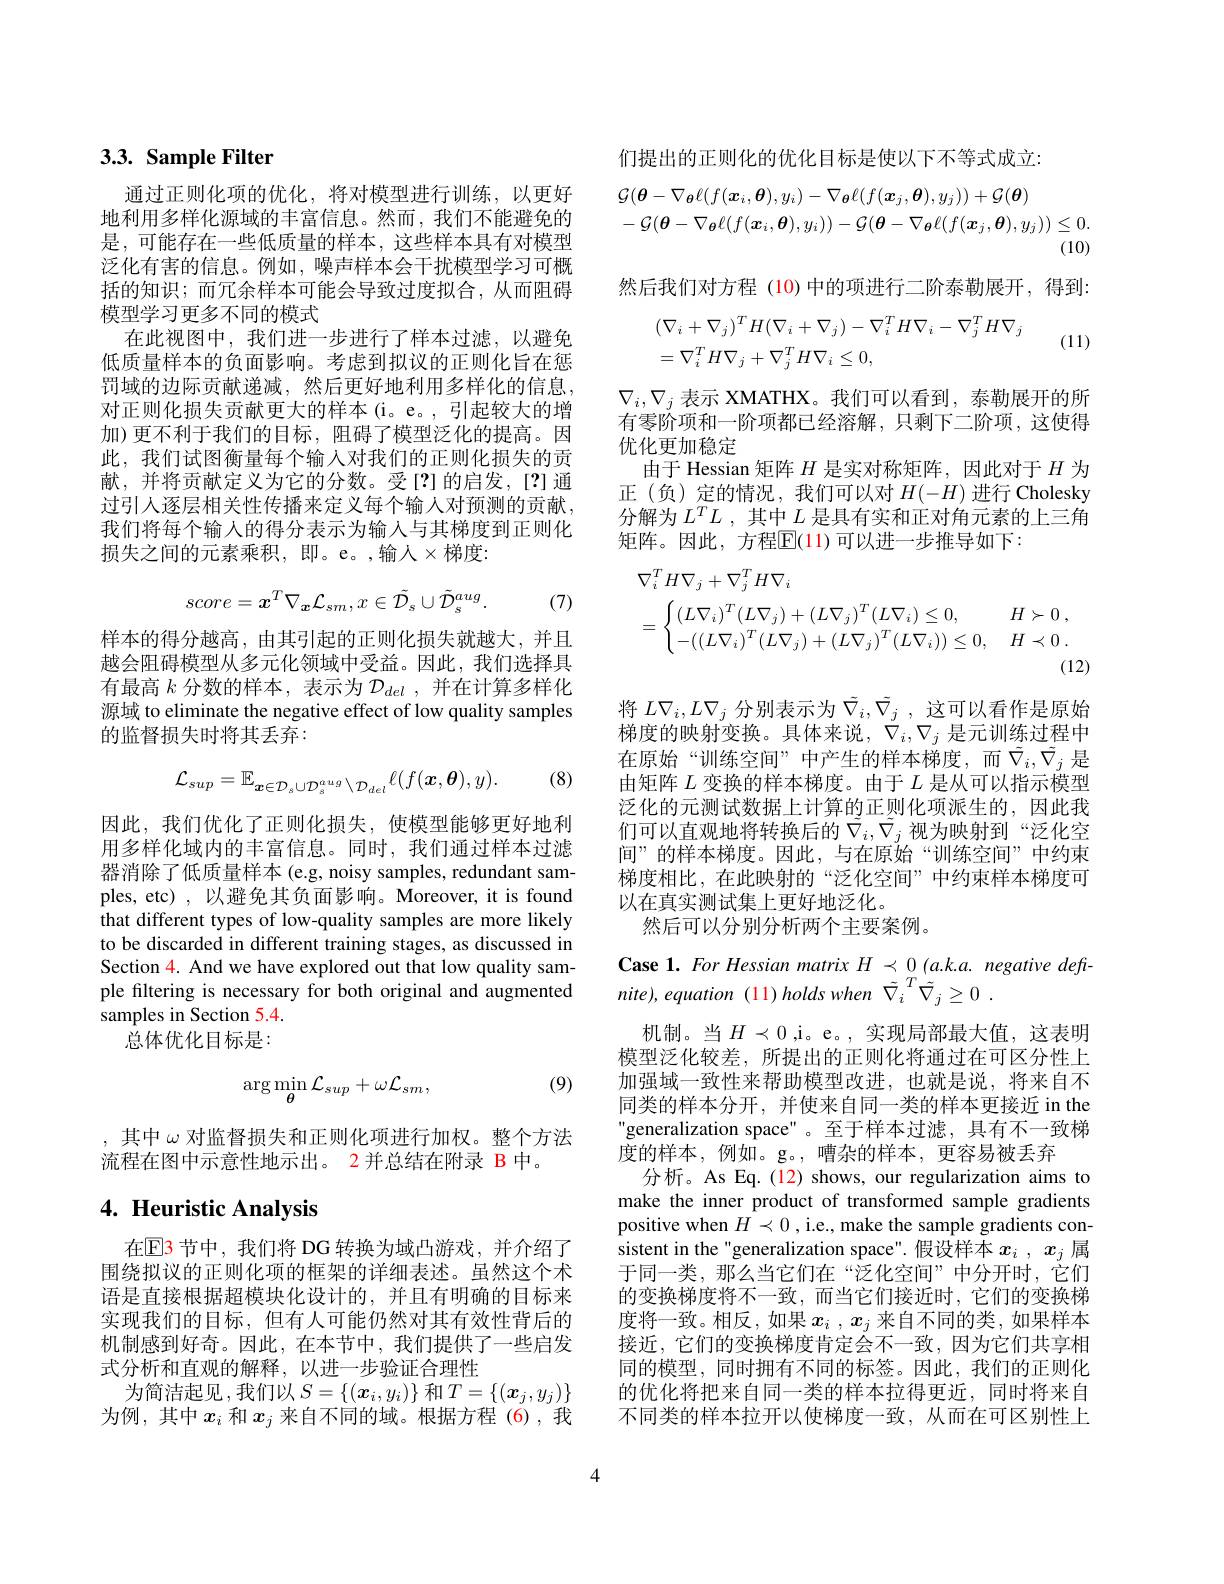
# 3.3. Sample Filter

通过正则化项的优化，将对模型进行训练，以更好地利用多样化源域的丰富信息。然而，我们不能避免的是，可能存在一些低质量的样本，这些样本具有对模型泛化有害的信息。例如，噪声样本会干扰模型学习可概括的知识；而冗余样本可能会导致过度拟合，从而阻碍模型学习更多不同的模式
在此视图中，我们进一步进行了样本过滤，以避免低质量样本的负面影响。考虑到拟议的正则化旨在惩罚域的边际贡献递减，然后更好地利用多样化的信息， 对正则化损失贡献更大的样本(i。e。,引起较大的增加)更不利于我们的目标，阻碍了模型泛化的提高。因此，我们试图衡量每个输入对我们的正则化损失的贡献，并将贡献定义为它的分数。受[?]的启发，[?]通过引人逐层相关性传播来定义每个输入对预测的贡献， 我们将每个输人的得分表示为输入与其梯度到正则化损失之间的元素乘积，即。e。,输入$\times$梯度：
$$score=\boldsymbol{x}^{T}\nabla_{\boldsymbol{x}}\mathcal{L}_{sm},x\in\tilde{\mathcal{D}_{s}}\cup\tilde{\mathcal{D}_{s}^{aug}}.$$
(7)

样本的得分越高，由其引起的正则化损失就越大，并且越会阻碍模型从多元化领域中受益。因此，我们选择具有最高$k$分数的样本，表示为$\mathcal{D}_del$,并在计算多样化源域 to eliminate the negative effect of low quality samples 的监督损失时将其丢弃：

(8)
$$\mathcal{L}_{sup}=\mathbb{E}_{\boldsymbol{x}\in\mathcal{D}_{s}\cup\mathcal{D}_{s}^{aug}\setminus\mathcal{D}_{del}}\ell(f(\boldsymbol{x},\boldsymbol{\theta}),y).$$
因此，我们优化了正则化损失，使模型能够更好地利用多样化域内的丰富信息。同时，我们通过样本过滤器消除了低质量样本 (e.g, noisy samples, redundant samples, etc) , 以避免其负面影响。Moreover, it is found that different types of low-quality samples are more likely to be discarded in different training stages, as discussed in Section 4. And we have explored out that low quality sample filtering is necessary for both original and augmented samples in Section 5.4.
总体优化目标是：

(9)
$$\arg\min_{\theta}\mathcal{L}_{sup}+\omega\mathcal{L}_{sm},$$
,其中$\omega$对监督损失和正则化项进行加权。整个方法
流程在图中示意性地示出。2 并总结在附录 B 中。

## 4. Heuristic Analysis

在EB 节中，我们将 DG 转换为域凸游戏，并介绍了围绕拟议的正则化项的框架的详细表述。虽然这个术语是直接根据超模块化设计的，并且有明确的目标来实现我们的目标，但有人可能仍然对其有效性背后的机制感到好奇。因此，在本节中，我们提供了一些启发式分析和直观的解释，以进一步验证合理性
为简洁起见，我们以 $S=\{(\boldsymbol{x}_i,y_i)\}$ 和$T=\{(\boldsymbol{x}_j,y_j)\}$ 为例，其中$x_i$和$x_j$来自不同的域。根据方程 (6),我

们提出的正则化的优化目标是使以下不等式成立：
$$\begin{aligned}&\mathcal{G}(\boldsymbol{\theta}-\nabla_{\boldsymbol{\theta}}\ell(f(\boldsymbol{x}_{i},\boldsymbol{\theta}),y_{i})-\nabla_{\boldsymbol{\theta}}\ell(f(\boldsymbol{x}_{j},\boldsymbol{\theta}),y_{j}))+\mathcal{G}(\boldsymbol{\theta})\\&-\mathcal{G}(\boldsymbol{\theta}-\nabla_{\boldsymbol{\theta}}\ell(f(\boldsymbol{x}_{i},\boldsymbol{\theta}),y_{i}))-\mathcal{G}(\boldsymbol{\theta}-\nabla_{\boldsymbol{\theta}}\ell(f(\boldsymbol{x}_{j},\boldsymbol{\theta}),y_{j}))\leq0.\\\end{aligned}$$
然后我们对方程 (10)中的项进行二阶泰勒展开，得到：
$$\begin{aligned}&(\nabla_{i}+\nabla_{j})^{T}H(\nabla_{i}+\nabla_{j})-\nabla_{i}^{T}H\nabla_{i}-\nabla_{j}^{T}H\nabla_{j}\\&=\nabla_{i}^{T}H\nabla_{j}+\nabla_{j}^{T}H\nabla_{i}\leq0,\end{aligned}$$
(11)

$\nabla_i,\nabla_j$表示 XMATHX。我们可以看到，泰勒展开的所有零阶项和一阶项都已经溶解，只剩下二阶项，这使得优化更加稳定
由于 Hessian 矩阵$H$是实对称矩阵，因此对于$H$为正(负)定的情况，我们可以对$H(-H)$进行 Cholesky 分解为$L^TL$ ,其中$L$是具有实和正对角元素的上三角矩阵。因此，方程$\mathbb{E}(11)$ 可以进一步推导如下：
$$\begin{aligned}&\nabla_{i}^{T}H\nabla_{j}+\nabla_{j}^{T}H\nabla_{i}\\&=\begin{cases}(L\nabla_i)^T(L\nabla_j)+(L\nabla_j)^T(L\nabla_i)\leq0,&H\succ0\:,\\-((L\nabla_i)^T(L\nabla_j)+(L\nabla_j)^T(L\nabla_i))\leq0,&H\prec0\:.\end{cases}\end{aligned}$$
将$L\nabla_i,L\nabla_j$分别表示为$\tilde{\nabla}_i,\tilde{\nabla}_j$,这可以看作是原始梯度的映射变换。具体来说，$\bar{\nabla}_i,\nabla_j$是元训练过程中在原始“训练空间”中产生的样本梯度，而$\tilde{\nabla}_i,\tilde{\nabla}_j$ 是由矩阵$L$变换的样本梯度。由于$L$是从可以指示模型泛化的元测试数据上计算的正则化项派生的，因此我们可以直观地将转换后的$\tilde{\nabla}_i,\tilde{\nabla}_j$视为映射到“泛化空间”的样本梯度。因此，与在原始“训练空间”中约束梯度相比，在此映射的“泛化空间”中约束样本梯度可以在真实测试集上更好地泛化。
然后可以分别分析两个主要案例。
Case 1. For Hessian matrix $H\prec_{\mathrm{T}}(a.k.a.$ negative defi-
nite), equation (11) holds when $\tilde{\nabla } _i^T\tilde{\nabla } _j\geq 0$ .
机制。当$H\prec0$,i。e。,实现局部最大值，这表明模型泛化较差，所提出的正则化将通过在可区分性上加强域一致性来帮助模型改进，也就是说，将来自不同类的样本分开，并使来自同一类的样本更接近 in the generalization space"。至于样本过滤，具有不一致梯度的样本，例如。g。,嘈杂的样本，更容易被丢弃
分析。As Eq.(12) shows, our regularization aims to make the inner product of transformed sample gradients positive when $H\prec0$ , i.e., make the sample gradients consistent in the"generalization space".假设样本$x_i,x_j$属于同一类，那么当它们在“泛化空间”中分开时，它们的变换梯度将不一致，而当它们接近时，它们的变换梯度将一致。相反，如果$x_i$ , $x_j$来自不同的类，如果样本接近，它们的变换梯度肯定会不一致，因为它们共享相同的模型，同时拥有不同的标签。因此，我们的正则化

的优化将把来自同一类的样本拉得更近，同时将来自不同类的样本拉开以使梯度一致，从而在可区别性上

4